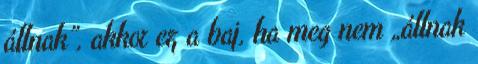
állnak”, akkor ez a baj, ha meg nem „állnak